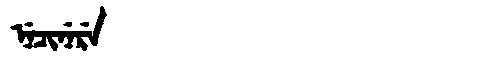
Manchu: ᠨᡝᠴᡳᠨᡝᡵᡝ
Romanization: NECINERE